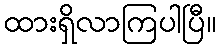
ထားရှိလာကြပါပြီ။